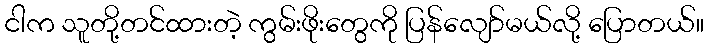
ငါက သူတို့တင်ထားတဲ့ ကွမ်းဖိုးတွေကို ပြန်လျော်မယ်လို့ ပြောတယ်။